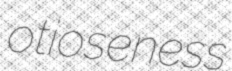
otioseness